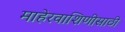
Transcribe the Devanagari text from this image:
माहेरवाशिणीसाठी